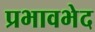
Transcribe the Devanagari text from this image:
प्रभावभेद